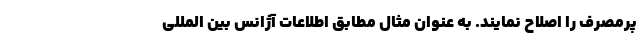
پرمصرف را اصلاح نمایند. به عنوان مثال مطابق اطلاعات آژانس بین المللی